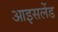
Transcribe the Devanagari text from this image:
आइसलेंड